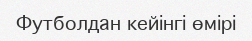
Футболдан кейінгі өмірі